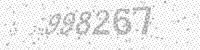
Solution: 998267